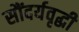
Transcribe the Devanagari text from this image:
सौंदर्यवृद्धी